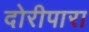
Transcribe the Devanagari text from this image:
दोरीपारा